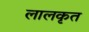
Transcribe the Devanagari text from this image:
लालकृत